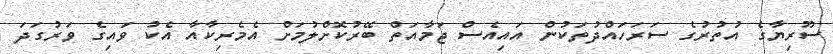
ސޫރިޔާގެ އުތުރުގެ ސަރަހައްދުތަކުން އައިއެސް ޖަމާއަތް ބޭރުކޮށްލުމަށް އެމެރިކާއާ އެކު ވައިގެ ވަރުގަދަ